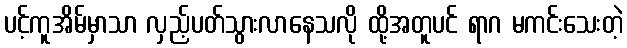
ပင့်ကူအိမ်မှာသာ လှည့်ပတ်သွားလာနေသလို ထို့အတူပင် ရာဂ မကင်းသေးတဲ့